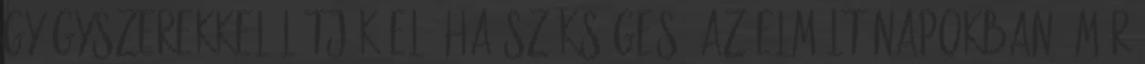
gyógyszerekkel látják el, ha szükséges. Az elmúlt napokban "már